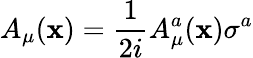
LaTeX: A_{\mu}(\mathbf{x})={\frac{{1}}{{2i}}}A_{\mu}^{a}(\mathbf{x})\sigma^{a}